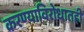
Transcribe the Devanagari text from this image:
करण्याविरोधातही